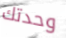
وحدتك